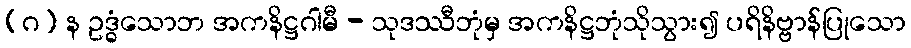
(ဂ) န ဥဒ္ဓံသောဘ အကနိဋ္ဌဂါမီ - သုဒဿီဘုံမှ အကနိဋ္ဌဘုံသိုသွား၍ ပရိနိဗ္ဗာန်ပြုသော